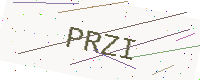
Text: PRZI